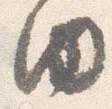
内